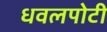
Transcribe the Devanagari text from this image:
धवलपोटी